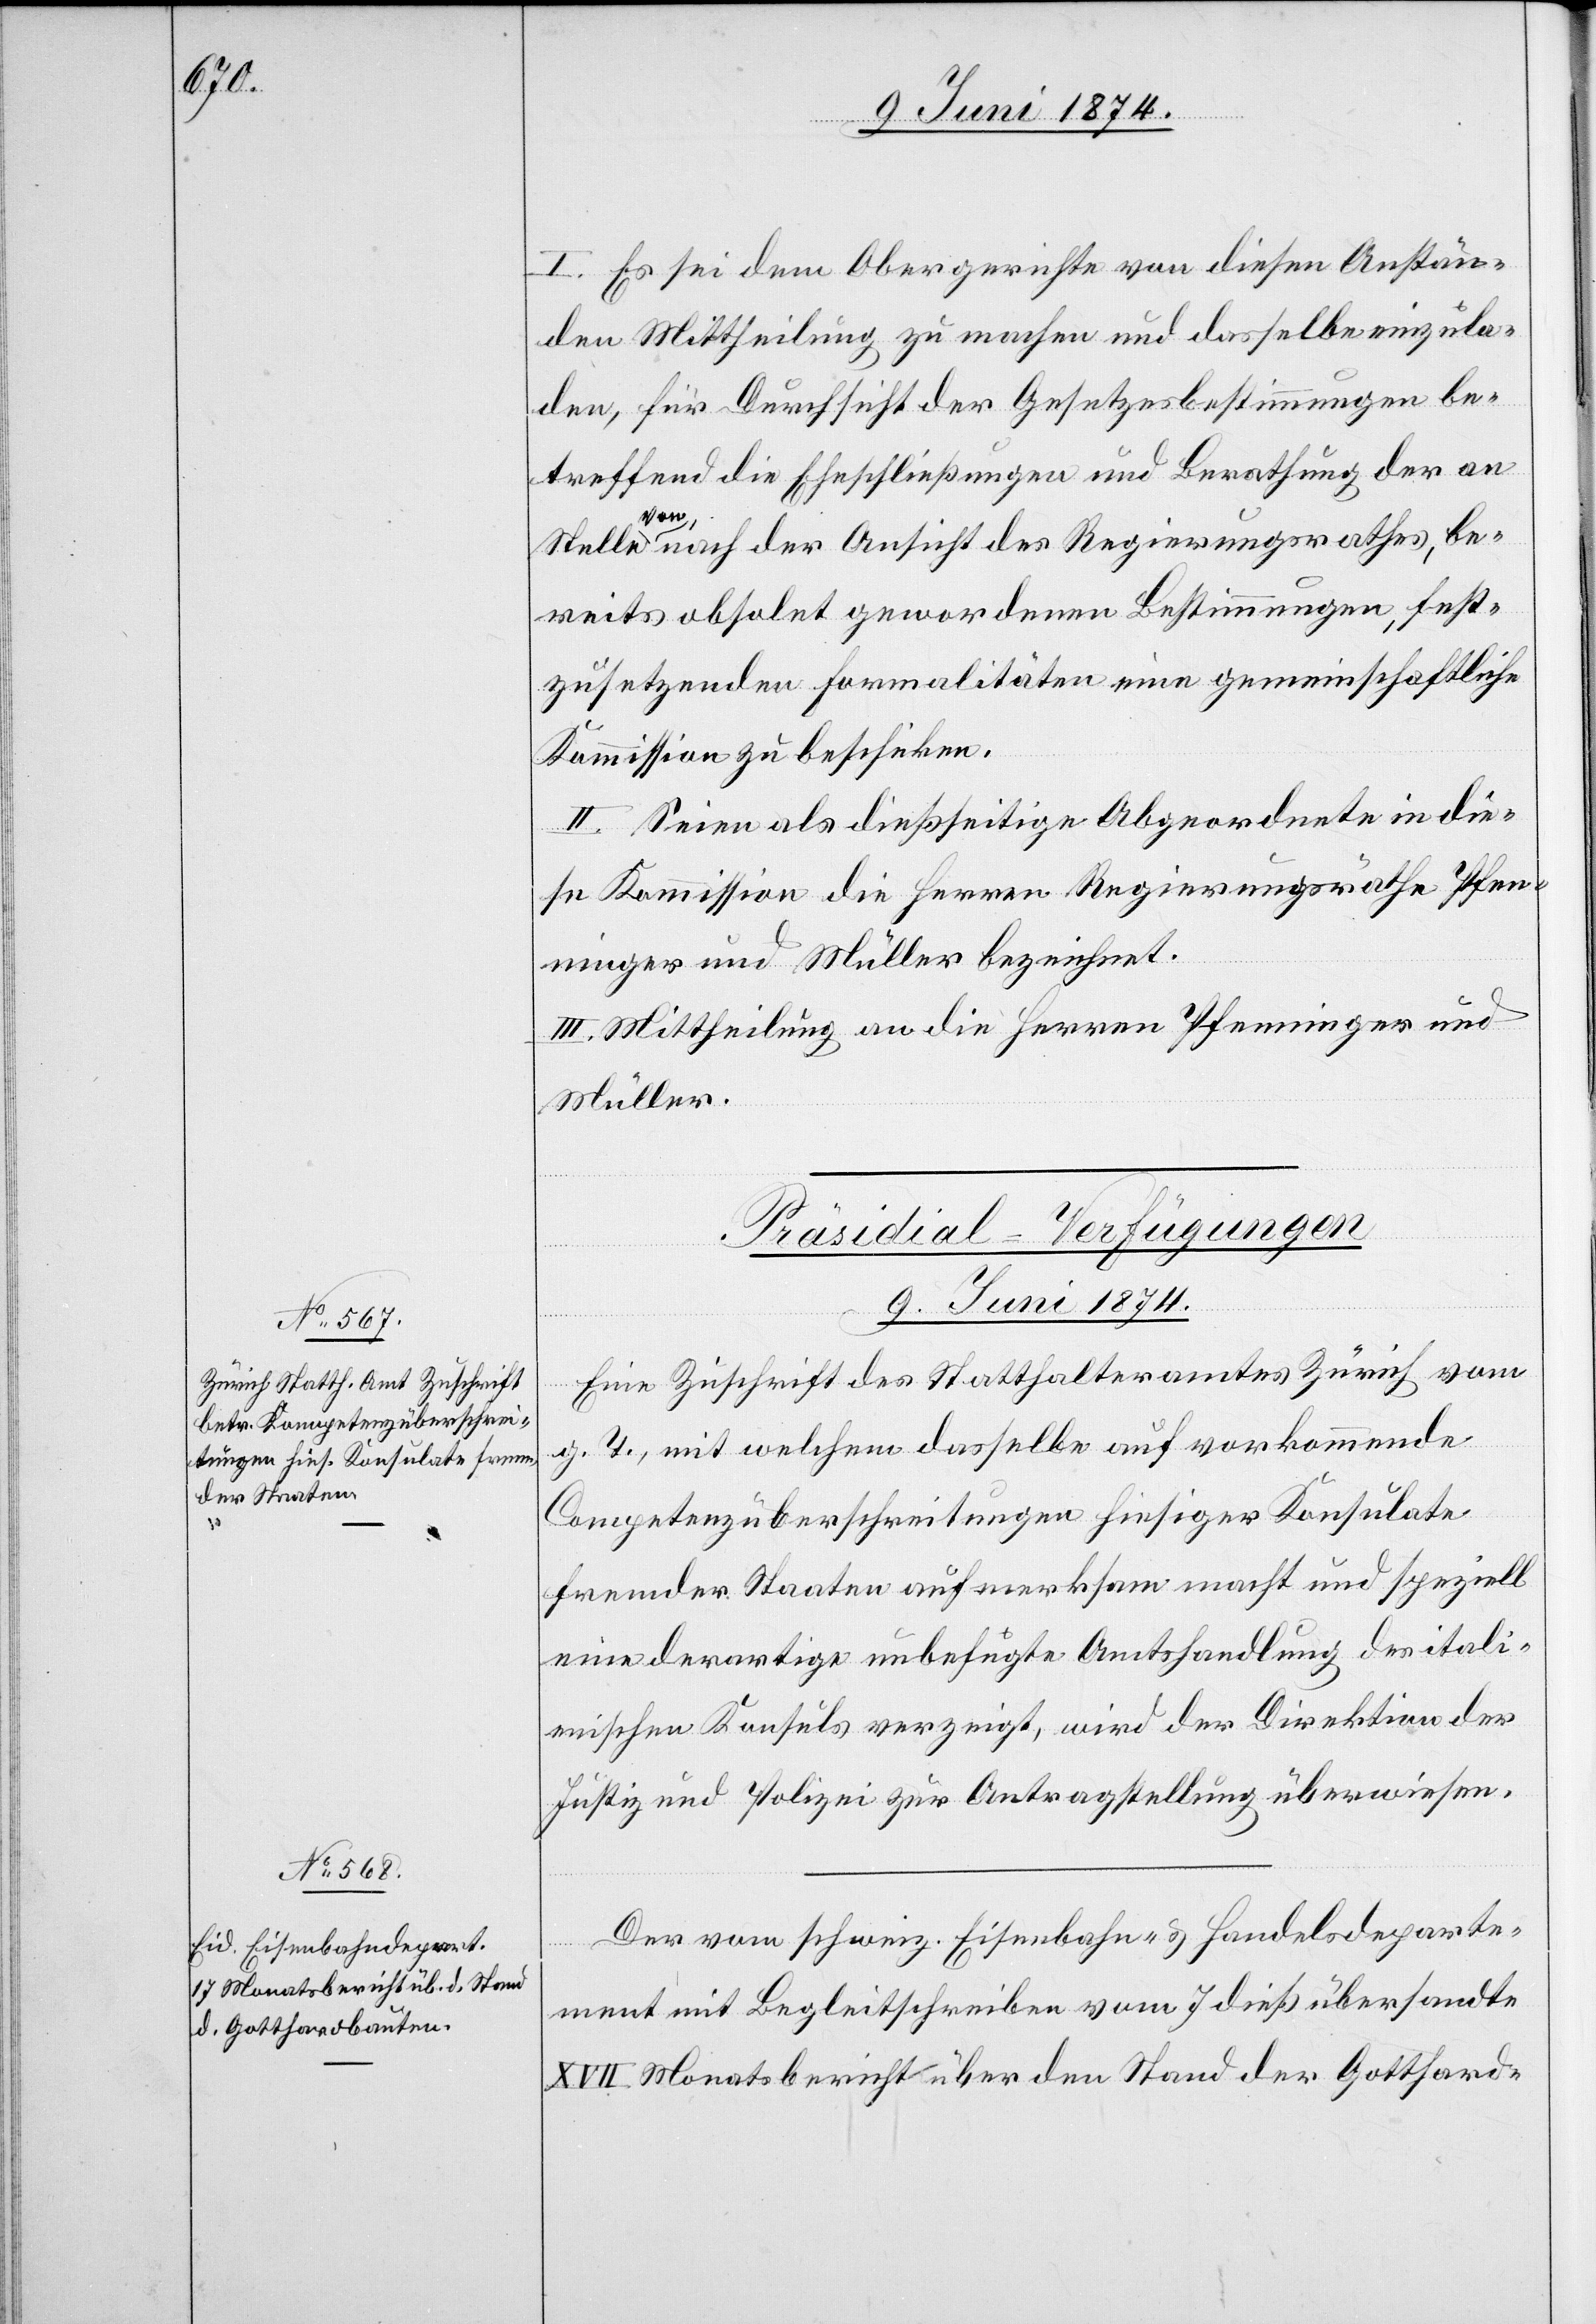
9. Juni 1874.]
I. Es sei dem Obergerichte von diesen Anstän¬
den Mittheilung zu machen und dasselbe einzula¬
den, für Durchsicht der Gesetzesbestimmungen be¬
treffend die Eheschließungen und Berathung der an
Stelle von nach der Ansicht des Regierungsrathes, be¬
reits obsolet gewordenen Bestimmungen, fest¬
zusetzenden Formalitäten eine gemeinschaftliche
Kommission zu beschiken.
II. Seien als dießseitige Abgeordnete in die¬
se Kommission die Herren Regierungsräthe Pfen¬
ninger und Müller bezeichnet.
III. Mittheilung an die Herren Pfenninger und
Müller.
[Präsidial-Verfügungen
9. Juni 1874.
Eine Zuschrift des Statthalteramtes Zürich vom
g. T., mit welchem dasselbe auf vorkommende
Competenzüberschreitungen hiesiger Konsulate
fremder Staaten aufmerksam macht und speziell
eine derartige unbefugte Amtshandlung des itali¬
enischen Konsuls verzeigt, wird der Direktion der
Justiz und Polizei zur Antragstellung überwiesen.
Der vom schweiz. Eisenbahn- u. Handelsdeparte¬
ment mit Begleitschreiben vom 7. dieß übersandte
XVII Monatsbericht über den Stand der Gotthard-